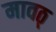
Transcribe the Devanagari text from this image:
मावठ्